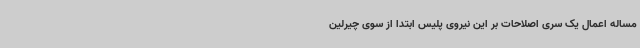
مساله اعمال یک سری اصلاحات بر این نیروی پلیس ابتدا از سوی چیرلین